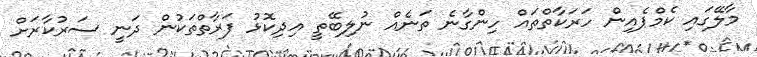
މާލޭގައި ކެމްޕެއިން ހަރަކާތްތައް ހިންގާނެ ތަނެއް ނުލިބޭތީ އިދިކޮޅު ފަރާތްތަކުން ދަނީ ސަރުކާރަށް